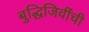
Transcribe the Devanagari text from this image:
बुद्धिजिवींची